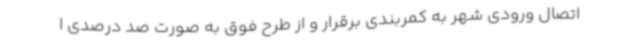
اتصال ورودی شهر به کمربندی برقرار و از طرح فوق به صورت صد درصدی ا